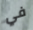
في